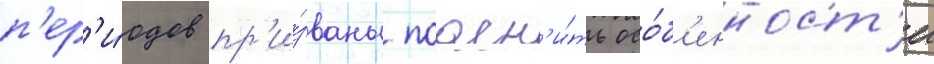
п'ер'и́одов пр'и́званы поасн'и́ть осо́б'енност'и